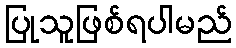
ပြုသူဖြစ်ရပါမည်